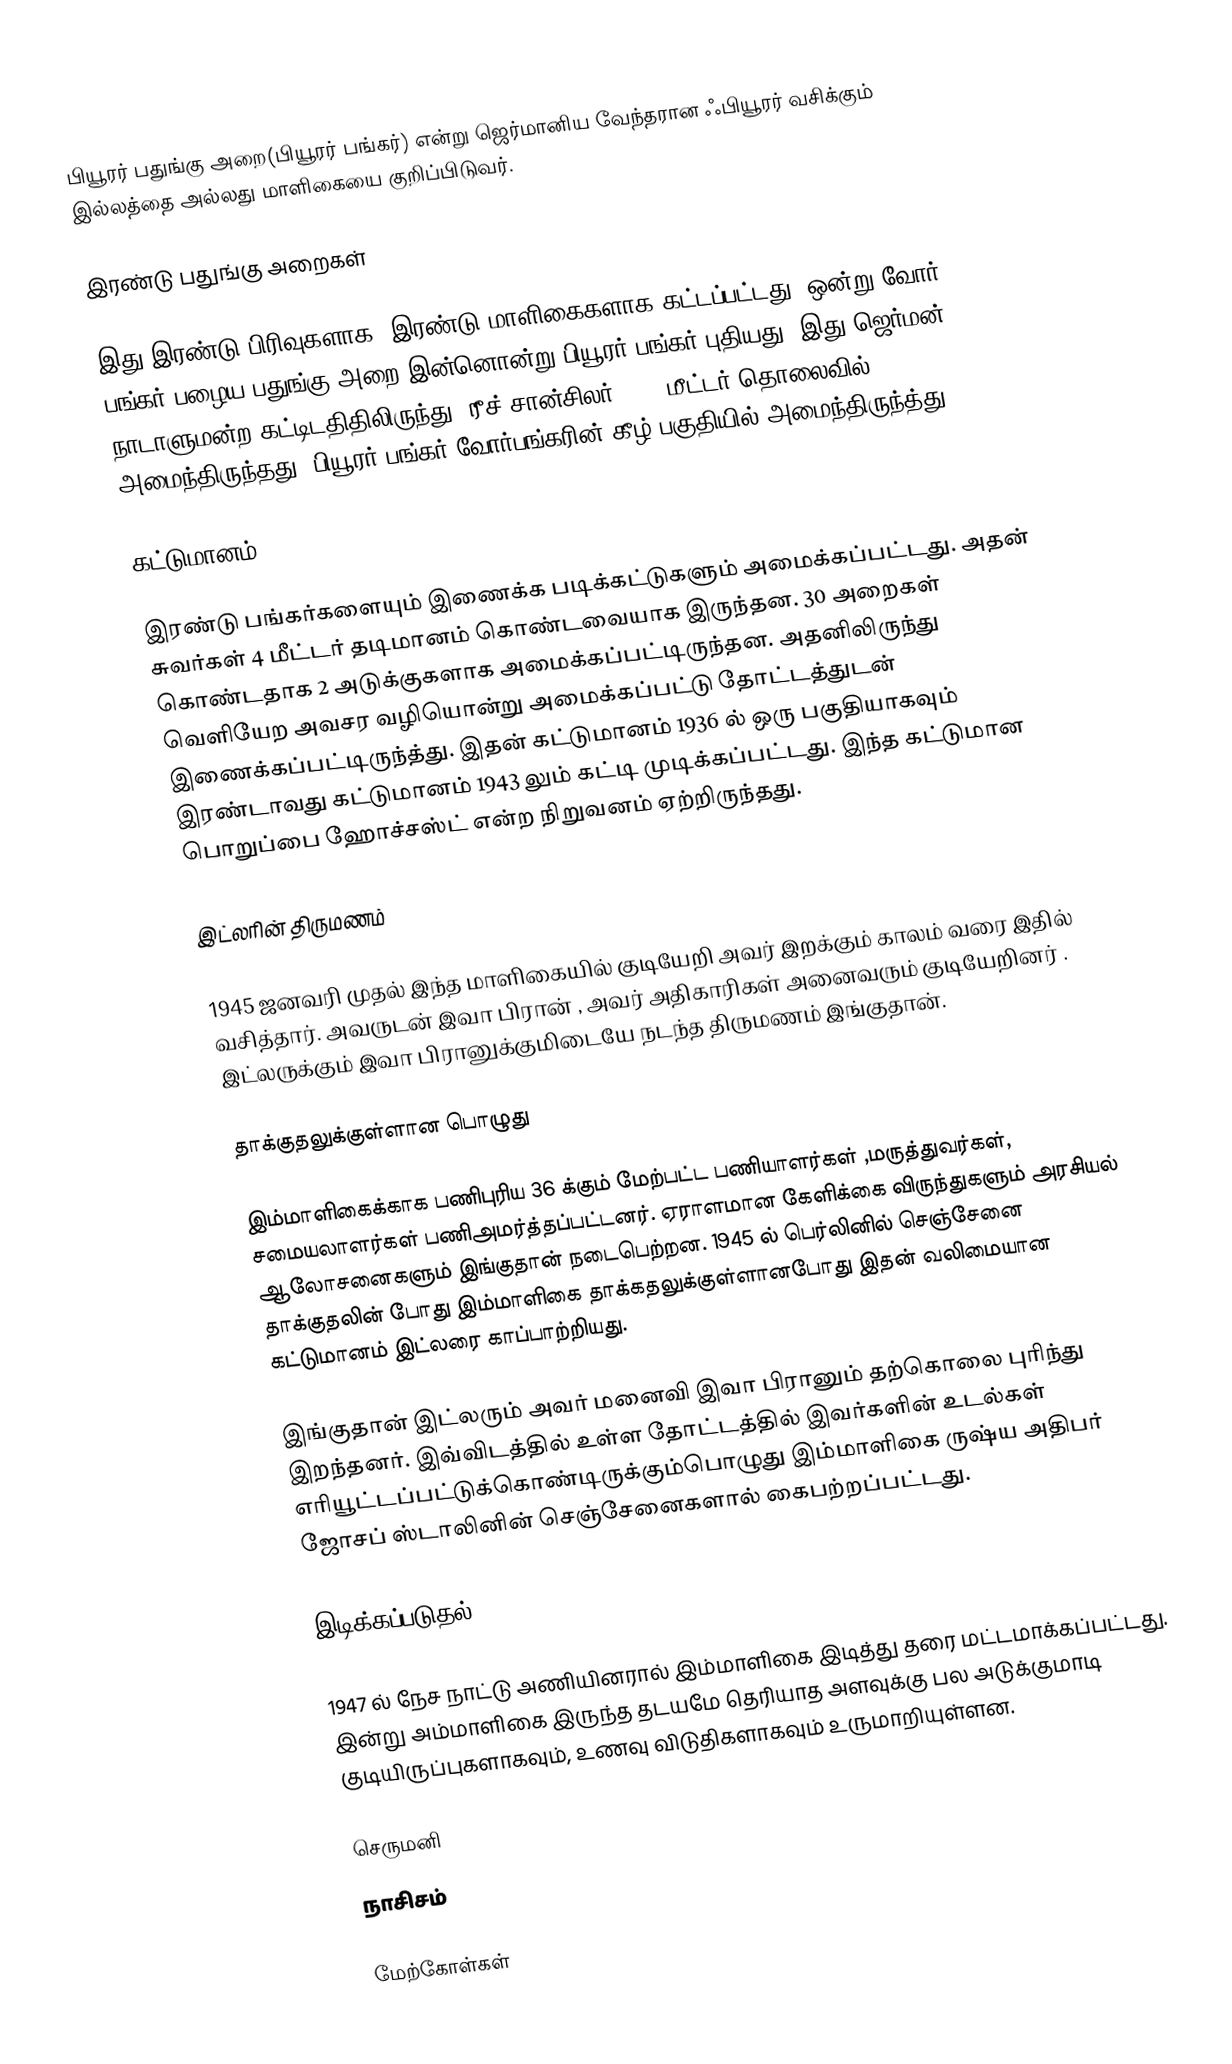
பியூரர் பதுங்கு அறை(பியூரர் பங்கர்) என்று ஜெர்மானிய வேந்தரான ஃபியூரர் வசிக்கும் இல்லத்தை அல்லது மாளிகையை குறிப்பிடுவர்.

இரண்டு பதுங்கு அறைகள்

இது இரண்டு பிரிவுகளாக, இரண்டு மாளிகைகளாக கட்டப்பட்டது. ஒன்று வோர் பங்கர் பழைய பதுங்கு அறை இன்னொன்று பியூரர் பங்கர் புதியது. இது ஜெர்மன் நாடாளுமன்ற கட்டிடதிதிலிருந்து (ரீச் சான்சிலர்) 8.2 மீட்டர் தொலைவில் அமைந்திருந்தது. பியூரர் பங்கர் வோர்பங்கரின் கீழ் பகுதியில் அமைந்திருந்த்து.

கட்டுமானம்

இரண்டு பங்கர்களையும் இணைக்க படிக்கட்டுகளும் அமைக்கப்பட்டது. அதன் சுவர்கள் 4 மீட்டர் தடிமானம் கொண்டவையாக இருந்தன. 30 அறைகள் கொண்டதாக 2 அடுக்குகளாக அமைக்கப்பட்டிருந்தன. அதனிலிருந்து வெளியேற அவசர வழியொன்று அமைக்கப்பட்டு தோட்டத்துடன் இணைக்கப்பட்டிருந்த்து. இதன் கட்டுமானம் 1936 ல் ஒரு பகுதியாகவும் இரண்டாவது கட்டுமானம் 1943 லும் கட்டி முடிக்கப்பட்டது. இந்த கட்டுமான பொறுப்பை ஹோச்சஸ்ட் என்ற நிறுவனம் ஏற்றிருந்தது.

இட்லரின் திருமணம்

1945 ஜனவரி முதல் இந்த மாளிகையில் குடியேறி அவர் இறக்கும் காலம் வரை இதில் வசித்தார். அவருடன் இவா பிரான் , அவர் அதிகாரிகள் அனைவரும் குடியேறினர் . இட்லருக்கும் இவா பிரானுக்குமிடையே நடந்த திருமணம் இங்குதான்.

தாக்குதலுக்குள்ளான பொழுது

இம்மாளிகைக்காக பணிபுரிய 36 க்கும் மேற்பட்ட பணியாளர்கள் ,மருத்துவர்கள், சமையலாளர்கள் பணிஅமர்த்தப்பட்டனர். ஏராளமான கேளிக்கை விருந்துகளும் அரசியல் ஆலோசனைகளும் இங்குதான் நடைபெற்றன. 1945 ல் பெர்லினில் செஞ்சேனை தாக்குதலின் போது இம்மாளிகை தாக்கதலுக்குள்ளானபோது இதன் வலிமையான கட்டுமானம் இட்லரை காப்பாற்றியது.

இங்குதான் இட்லரும் அவர் மனைவி இவா பிரானும் தற்கொலை புரிந்து இறந்தனர். இவ்விடத்தில் உள்ள தோட்டத்தில் இவர்களின் உடல்கள் எரியூட்டப்பட்டுக்கொண்டிருக்கும்பொழுது இம்மாளிகை ருஷ்ய அதிபர் ஜோசப் ஸ்டாலினின் செஞ்சேனைகளால் கைபற்றப்பட்டது.

இடிக்கப்படுதல்

1947 ல் நேச நாட்டு அணியினரால் இம்மாளிகை இடித்து தரை மட்டமாக்கப்பட்டது. இன்று அம்மாளிகை இருந்த தடயமே தெரியாத அளவுக்கு பல அடுக்குமாடி குடியிருப்புகளாகவும், உணவு விடுதிகளாகவும் உருமாறியுள்ளன.

செருமனி
நாசிசம்

மேற்கோள்கள்